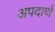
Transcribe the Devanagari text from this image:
अपदार्थ